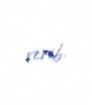
verib.